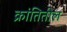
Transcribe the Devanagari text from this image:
क्रांतितील